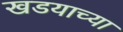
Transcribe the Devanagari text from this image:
खडयाच्या